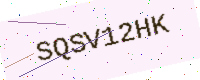
Text: SQSV12HK